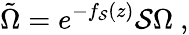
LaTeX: \tilde{\Omega}=e^{-f_{\cal S}(z)}{\cal S}\Omega\ ,